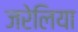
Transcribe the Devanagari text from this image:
जरेलिया